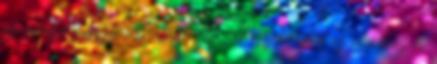
az örömmel hozta összefüggésbe. A görögöknél az alváshoz és